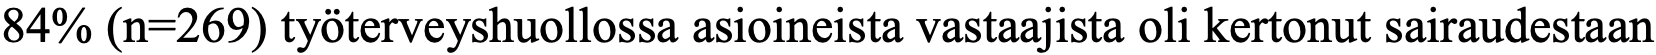
84% (n=269) työterveyshuollossa asioineista vastaajista oli kertonut sairaudestaan